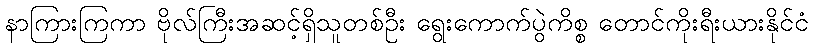
နာကြားကြကာ ဗိုလ်ကြီးအဆင့်ရှိသူတစ်ဦး ရွေးကောက်ပွဲကိစ္စ တောင်ကိုးရီးယားနိုင်ငံ